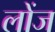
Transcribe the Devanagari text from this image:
लोंज